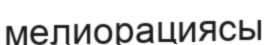
мелиорациясы